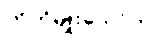
ကိုကိုမျိုးသော်က